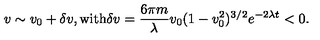
v \sim v _ { 0 } + \delta v , \mathrm { w i t h } \delta v = \frac { 6 \pi m } { \lambda } v _ { 0 } ( 1 - v _ { 0 } ^ { 2 } ) ^ { 3 / 2 } e ^ { - 2 \lambda t } < 0 .